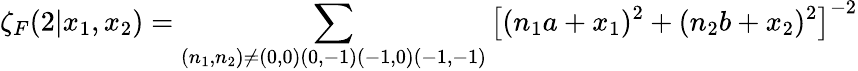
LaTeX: \zeta_{F}(2|x_{1},x_{2})=\sum_{(n_{1},n_{2})\neq(0,0)(0,-1)(-1,0)(-1,-1)}\left[(n_{1}a+x_{1})^{2}+(n_{2}b+x_{2})^{2}\right]^{-2}